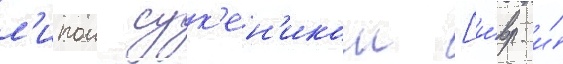
л'ипои сук'ен'иком [и́вр. и́